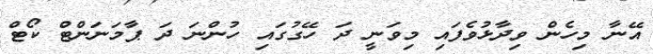
އޭނާ މިހެން ވިދާޅުވެފައި މިވަނީ ދަ ހޭގުގައި ހުންނަ ދަ ޕާމަނަންޓް ކޯޓް